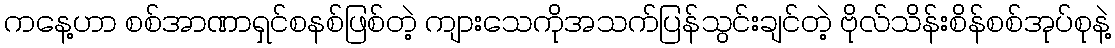
ကနေ့ဟာ စစ်အာဏာရှင်စနစ်ဖြစ်တဲ့ ကျားသေကိုအသက်ပြန်သွင်းချင်တဲ့ ဗိုလ်သိန်းစိန်စစ်အုပ်စုနဲ့